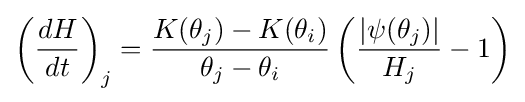
\left({\frac {dH}{dt}}\right)_{j}={\frac {K(\theta _{j})-K(\theta _{i})}{\theta _{j}-\theta _{i}}}\left({\frac {|\psi (\theta _{j})|}{H_{j}}}-1\right)